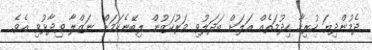
ދެމުންދިޔަ ހުރިހާ ހިދުމަތެއް އަލަށް ބަދަލުވި މަރުކަޒުން ލިބޭނެކަމަށް ނަޒްލާ ވިދާޅުވި އެވެ.